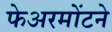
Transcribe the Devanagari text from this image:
फेअरमोंटने